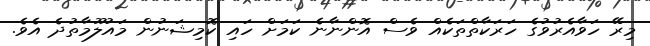
މިރޭ ހަވާއެރުވުގެ ހަރަކާތްތަކެއް ވެސް އޮންނާނެ ކަމަށް ހައި ކޮމިޝަނުން މައުލޫމާތުދެ އެވެ.